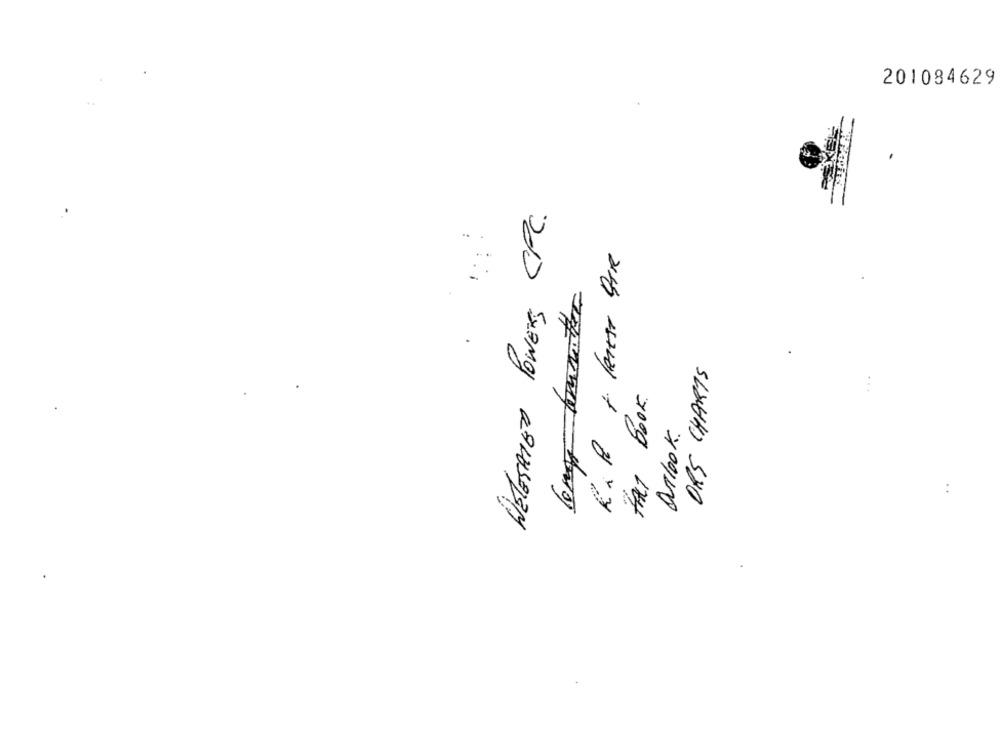
201084629
ORS CHARTS
FACT BOOK.
...
Outlook.
..